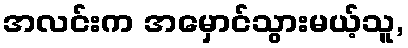
အလင်းက အမှောင်သွားမယ့်သူ,